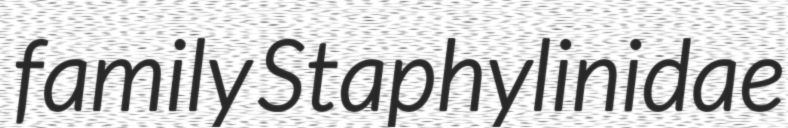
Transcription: family Staphylinidae